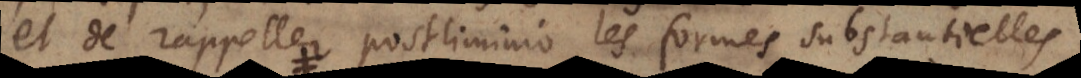
et de rappeller postliminio les formes substantielles